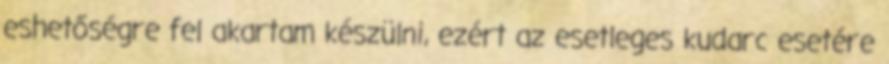
eshetőségre fel akartam készülni, ezért az esetleges kudarc esetére